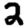
Digit: 2